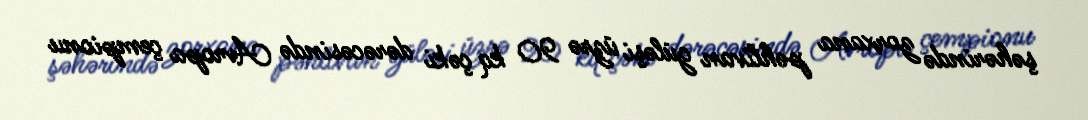
şəhərində zorxana pəhlivan güləşi üzrə 90 kq çəki dərəcəsində Avropa çempionu